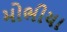
મોભીયા